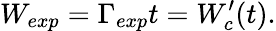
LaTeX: W_{exp}=\Gamma_{exp}t=W_{c}^{\prime}(t).